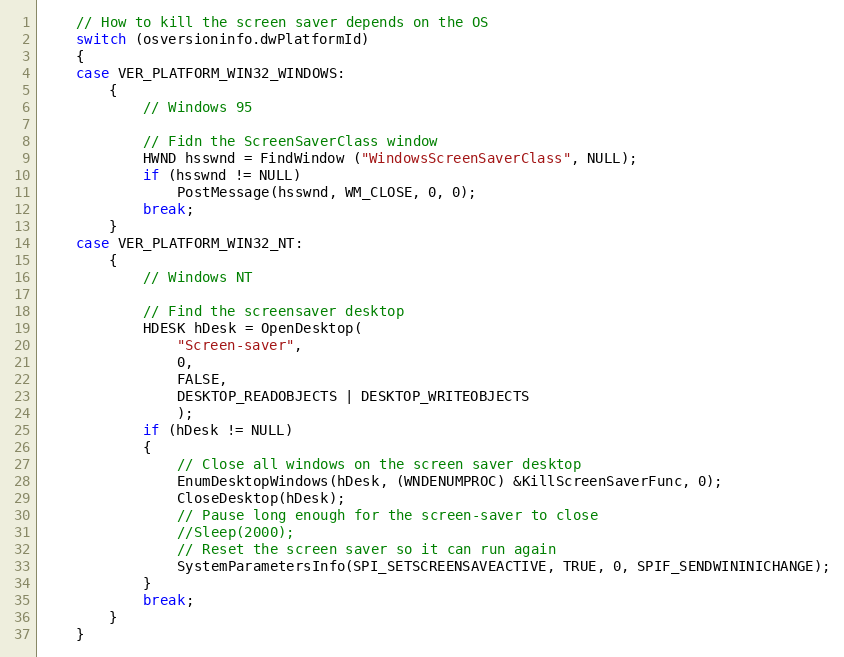
Language: C++
	// How to kill the screen saver depends on the OS
	switch (osversioninfo.dwPlatformId)
	{
	case VER_PLATFORM_WIN32_WINDOWS:
		{
			// Windows 95

			// Fidn the ScreenSaverClass window
			HWND hsswnd = FindWindow ("WindowsScreenSaverClass", NULL);
			if (hsswnd != NULL)
				PostMessage(hsswnd, WM_CLOSE, 0, 0);
			break;
		}
	case VER_PLATFORM_WIN32_NT:
		{
			// Windows NT

			// Find the screensaver desktop
			HDESK hDesk = OpenDesktop(
				"Screen-saver",
				0,
				FALSE,
				DESKTOP_READOBJECTS | DESKTOP_WRITEOBJECTS
				);
			if (hDesk != NULL)
			{
				// Close all windows on the screen saver desktop
				EnumDesktopWindows(hDesk, (WNDENUMPROC) &KillScreenSaverFunc, 0);
				CloseDesktop(hDesk);
				// Pause long enough for the screen-saver to close
				//Sleep(2000);
				// Reset the screen saver so it can run again
				SystemParametersInfo(SPI_SETSCREENSAVEACTIVE, TRUE, 0, SPIF_SENDWININICHANGE);
			}
			break;
		}
	}